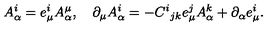
A _ { \alpha } ^ { i } = e _ { \mu } ^ { i } A _ { \alpha } ^ { \mu } , \quad \partial _ { \mu } A _ { \alpha } ^ { i } = - C ^ { i } { } _ { j k } e _ { \mu } ^ { j } A _ { \alpha } ^ { k } + \partial _ { \alpha } e _ { \mu } ^ { i } .